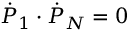
{ \dot { P } } _ { 1 } \cdot { \dot { P } } _ { N } = 0